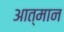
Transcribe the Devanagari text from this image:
आत्मान